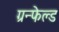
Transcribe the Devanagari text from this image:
ग्रन्फेल्ड